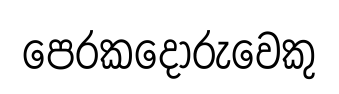
පෙරකදෝරුවෙකු